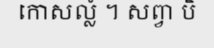
កោសល្លំ ។ សព្វា បិ